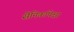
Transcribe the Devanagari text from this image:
सैनिकांपेक्षा